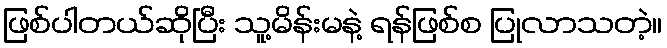
ဖြစ်ပါတယ်ဆိုပြီး သူ့မိန်းမနဲ့ ရန်ဖြစ်စ ပြုလာသတဲ့။